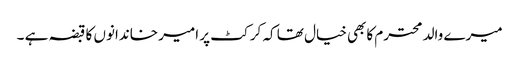
میرے والد محترم کابھی خیال تھا کہ کرکٹ پر امیر خاندانوں کا قبضہ ہے ۔